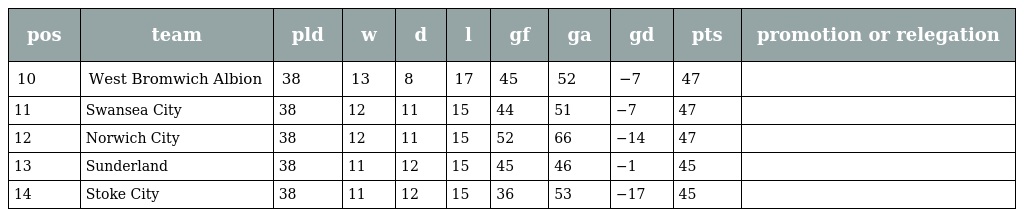
| pos | team | pld | w | d | l | gf | ga | gd | pts | promotion or relegation |
 | --- | --- | --- | --- | --- | --- | --- | --- | --- | --- | --- |
 | 10 | West Bromwich Albion | 38 | 13 | 8 | 17 | 45 | 52 | −7 | 47 |  |
 | 11 | Swansea City | 38 | 12 | 11 | 15 | 44 | 51 | −7 | 47 |  |
 | 12 | Norwich City | 38 | 12 | 11 | 15 | 52 | 66 | −14 | 47 |  |
 | 13 | Sunderland | 38 | 11 | 12 | 15 | 45 | 46 | −1 | 45 |  |
 | 14 | Stoke City | 38 | 11 | 12 | 15 | 36 | 53 | −17 | 45 |  |